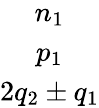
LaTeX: \begin{array}{c}{n_{1}}\\ {p_{1}}\\ {2q_{2}\pm q_{1}}\end{array}